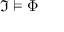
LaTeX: { \mathfrak { I } } \vDash \Phi